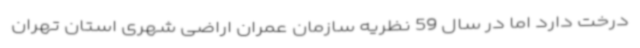
درخت دارد اما در سال 59 نظریه سازمان عمران اراضی شهری استان تهران